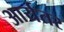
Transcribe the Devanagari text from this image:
आर्यतर